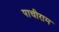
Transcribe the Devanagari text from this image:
पाचीराम